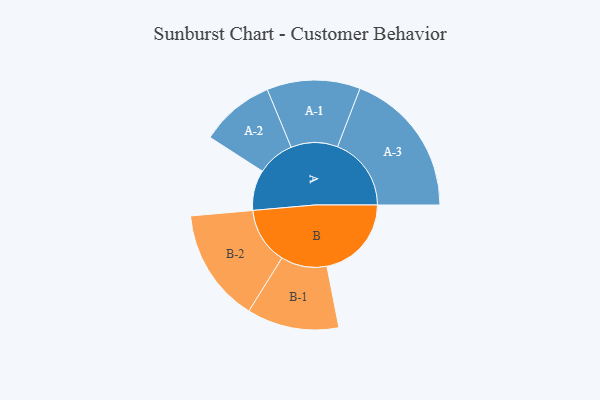
{"axis": {"x": "Segment", "y": "Value"}, "legend": ["", "A", "B"], "data": [{"x": "A", "y": 124, "type": ""}, {"x": "B", "y": 259, "type": ""}, {"x": "A-1", "y": 143, "type": "A"}, {"x": "A-2", "y": 114, "type": "A"}, {"x": "A-3", "y": 226, "type": "A"}, {"x": "B-1", "y": 141, "type": "B"}, {"x": "B-2", "y": 174, "type": "B"}]}